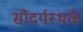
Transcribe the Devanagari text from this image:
सौंदर्यस्थळे